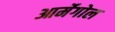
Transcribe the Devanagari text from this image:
आर्मेगोल